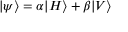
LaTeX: | \psi \rangle = \alpha | H \rangle + \beta | V \rangle